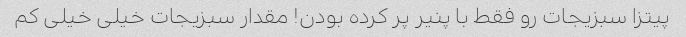
پیتزا سبزیجات رو فقط با پنیر پر کرده بودن! مقدار سبزیجات خیلی خیلی کم